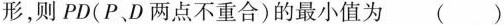
形，则PD(P、D两点不重合)的最小值为 ( )